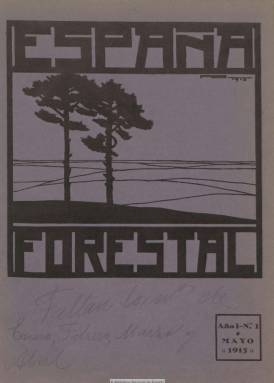
Título: España forestal
Colección: Industria
Ámbito geográfico: Madrid
Lugar de publicación: Madrid
Fechas: 01/05/1915-31/12/1929

Revista mensual ilustrada, que aparece el mayo de 1915 como publicación oficial de la Real Sociedad Española de los Amigos del Árbol, impulsada por un ingeniero de Montes de marcado carácter regeneracionista conocido como el “Apóstol del Árbol”, por su labor de promoción del amor a la naturaleza en España: Ricardo Codorníu y Stárico (1846-1923). La sociedad, creada en 1911, ya venía publicando un Boletín oficial, y su objeto principal era propagar y defender el arbolado, tanto agrícola como forestal, pero también las aves insectívoras, así como promover siembras, plantaciones y creación de viveros, y contribuir a la celebración de la Fiesta del Árbol en los municipios españoles, que también había promovido.

Su revista servirá como medio de propaganda para conseguir los fines de educación forestal que perseguía, tanto para la creación y conservación de la riqueza forestal, las plantaciones arbóreas; la conservación y propagación de las aves, sobre todo insectívoras; la apertura de pozos, canales y pantanos y el estudio de las cuencas hidrográficas y, en definitiva, la defensa de una política forestal en España, tal como José Sánchez Guerra expresará en su artículo de presentación.

A Codorníu le acompañan en esta empresa otros ingenieros y profesores de la Escuela de Montes, como Octavio Elorrieta y Artaza (1881-1962), Santiago Olazábal o Enrique Baró; arquitectos como Teodoro de Anasagasti, o el capitán de Artillería Enrique Montesinos. Incluso, sus páginas recogerán algunos textos de Azorín.

Las entregas de la revista recogerán artículos sobre política forestal, ordenación de montes, catastro forestal, parques nacionales, arboricultura e industria de la madera, asuntos hidrológico-forestales, y cuenta con las secciones Revista de revistas, Notas bibliográficas y Noticias y comentarios, con necrológicas o movimiento de personal.

Publica fotograbados, esquemas y dibujos, así como láminas fuera de texto, de retratos, vistas, paisajes, arbolado o reforestaciones, en las que aparecen sierras, como las de Guadarrama, Espuña, Segura o la de Cuenca, o montes, como el de Valsaín. Ramón de Pando ofrece textos y fotografías de sus excursiones a Navafría y Guadarrama, y otras fotografías se referirán a espacios naturales extranjeros o a diversos tipos de arbolado o a actuaciones de reforestación y conservación, como es el caso de las dunas de Guardamar (Alicante).

Sus entregas son de paginación variada y continuada, estampadas a dos tintas, que forman tomos anuales, con índices de materias, autores y de láminas. Tras el fallecimiento de Codorníu, la revista inicia una segunda época en junio de 1923, y el ingeniero de Montes Pedro del Pozo y Rodríguez asumirá su dirección. Contó con un Comité de Redacción y fue difundida, junto al Boletín, entre los socios de la sociedad y sus colaboradores.

La colección de la Biblioteca Nacional de España es incompleta y acaba en el número 164, de diciembre de 1929. La Universidad Politécnica de Madrid tiene también digitalizada on line esta revista, hasta su número 168, correspondiente a octubre de 1930.